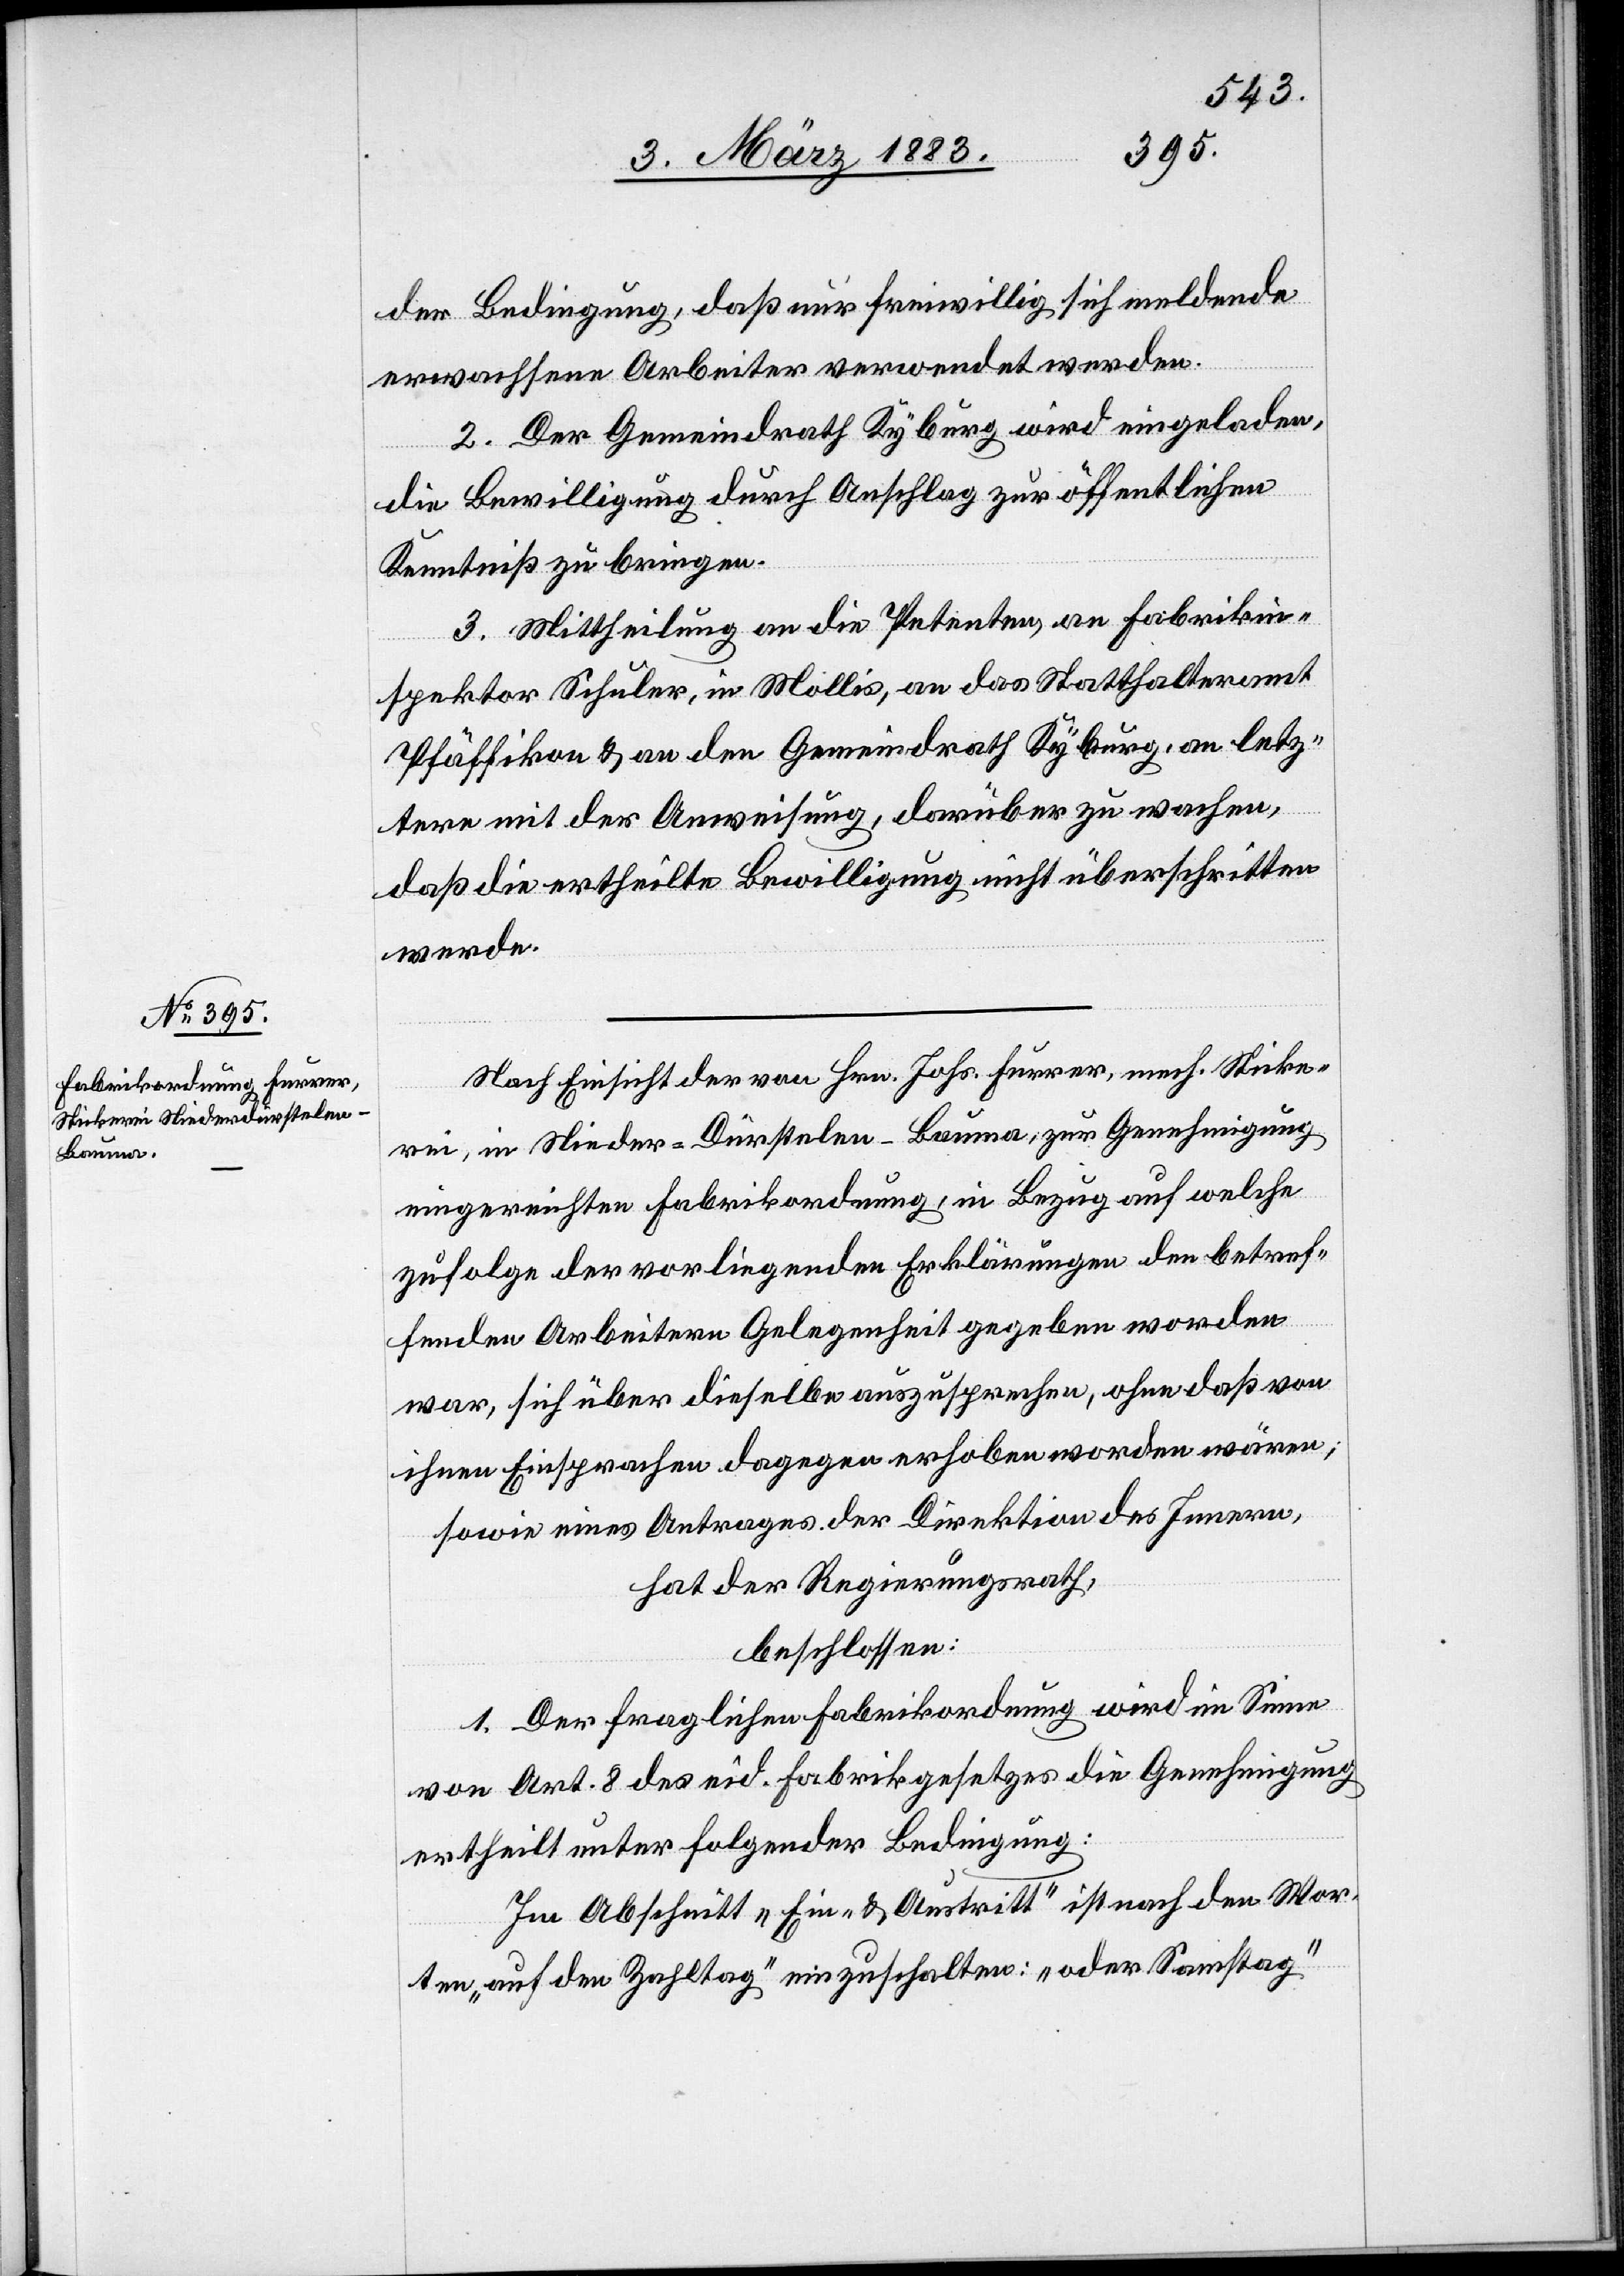
der Bedingung, daß nur freiwillig sich meldende
erwachsene Arbeiter verwendet werden.
2. Der Gemeindrath Kyburg wird eingeladen,
die Bewilligung durch Anschlag zur öffentlichen
Kenntniß zu bringen.
3. Mittheilung an die Petenten, an Fabrikin¬
spektor Schuler, in Mollis, an das Statthalteramt
Pfäffikon & an den Gemeindrath Kyburg, an letz¬
tere mit der Anweisung, darüber zu wachen,
daß die ertheilte Bewilligung nicht überschritten
werde.
Nach Einsicht der von Hrn. Johs. Furrer, mech. Sticke¬
rei, in Nieder-Dürstelen - Bauma, zur Genehmigung
eingereichten Fabrikordnung, in Bezug auf welche
zufolge der vorliegenden Erklärungen den betref¬
fenden Arbeitern Gelegenheit gegeben worden
war, sich über dieselbe auszusprechen, ohne daß von
ihnen Einsprachen dagegen erhoben worden wären;
sowie eines Antrages der Direktion des Innern,
hat der Regierungsrath,
beschlossen:
1. Der fraglichen Fabrikordnung wird im Sinne
von Art. 8 des eid. Fabrikgesetzes die Genehmigung
ertheilt unter folgender Bedingung:
Im Abschnitt „Ein- & Austritt“ ist nach den Wor¬
ten „auf den Zahltag“ einzuschalten: „oder Samstag“